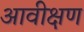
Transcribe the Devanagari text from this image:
आवीक्षण